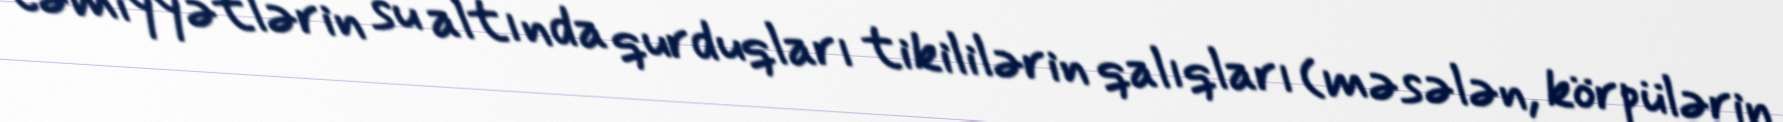
cəmiyyətlərin su altında qurduqları tikililərin qalıqları (məsələn, körpülərin